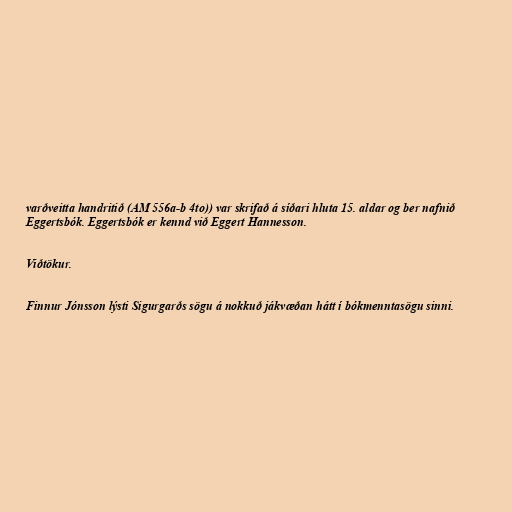
varðveitta handritið (AM 556a-b 4to)) var skrifað á síðari hluta 15. aldar og ber nafnið
Eggertsbók. Eggertsbók er kennd við Eggert Hannesson.

Viðtökur.

Finnur Jónsson lýsti Sigurgarðs sögu á nokkuð jákvæðan hátt í bókmenntasögu sinni.